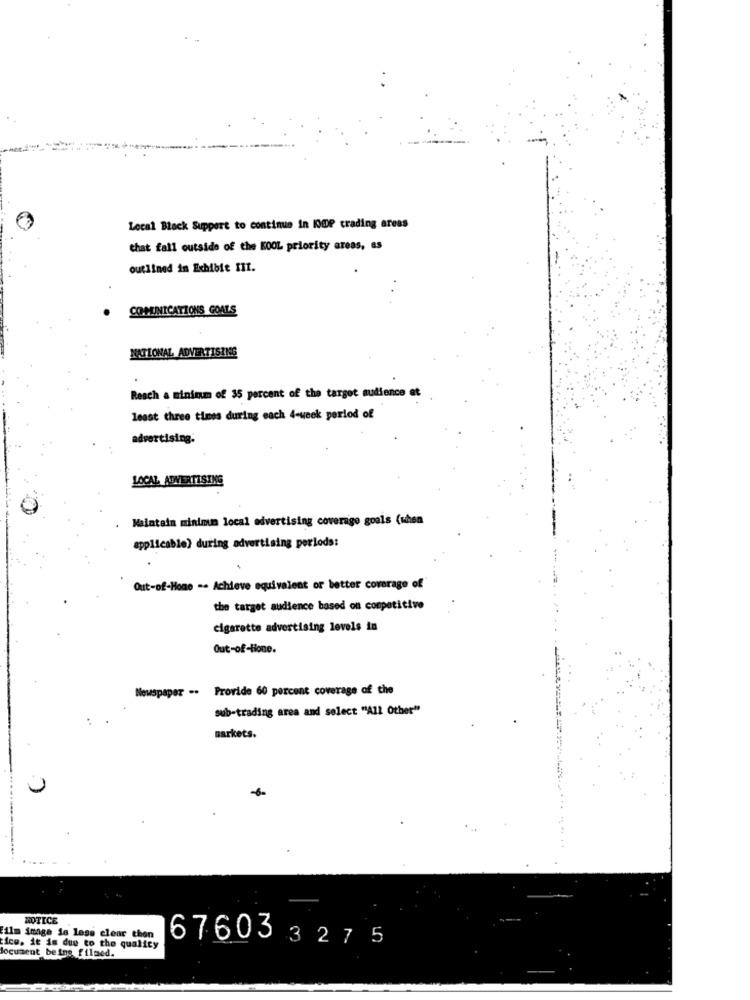
Local Black Support to continue in KOOP trading areas
that fall outside of the KOOL priority areas, as
outlined in Exhibie fIt.
COMUNICATIONS GOALS
NATIONAL ADVERTISING
Reach a minimum of 35 percent of the target audience et
least three times during each 4-week period of
advertising.
LOCAL ADVERTISING
Maintain minimum local advertising coverage goals (when
applicable) during advertising perlods:
Out-of-Home -. Achieve equivalent or better coverage of
the target audience based on competitive
cigarette advertising levels in
Out-of-tione.
Newspaper ..
Provide 60 percent coverage of the
sub-trading area and select "All Other"
markets.
MOTICE
ilm image is less clear then
ice. it is due to the quality
t beine filmed.
67603 3275